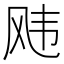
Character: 𬱵